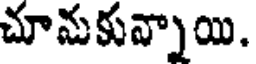
చూనుకున్నాయి.